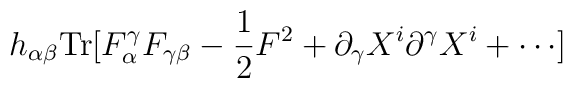
h_{\alpha \beta}{\rm Tr}[F_\alpha^\gamma F_{\gamma\beta}-{1\over 2}F^2 + \partial_\gamma X^i \partial^\gamma X^i +\cdots]